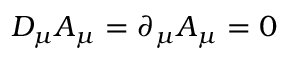
D _ { \mu } A _ { \mu } = \partial _ { \mu } A _ { \mu } = 0